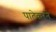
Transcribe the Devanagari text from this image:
पाटेकरने